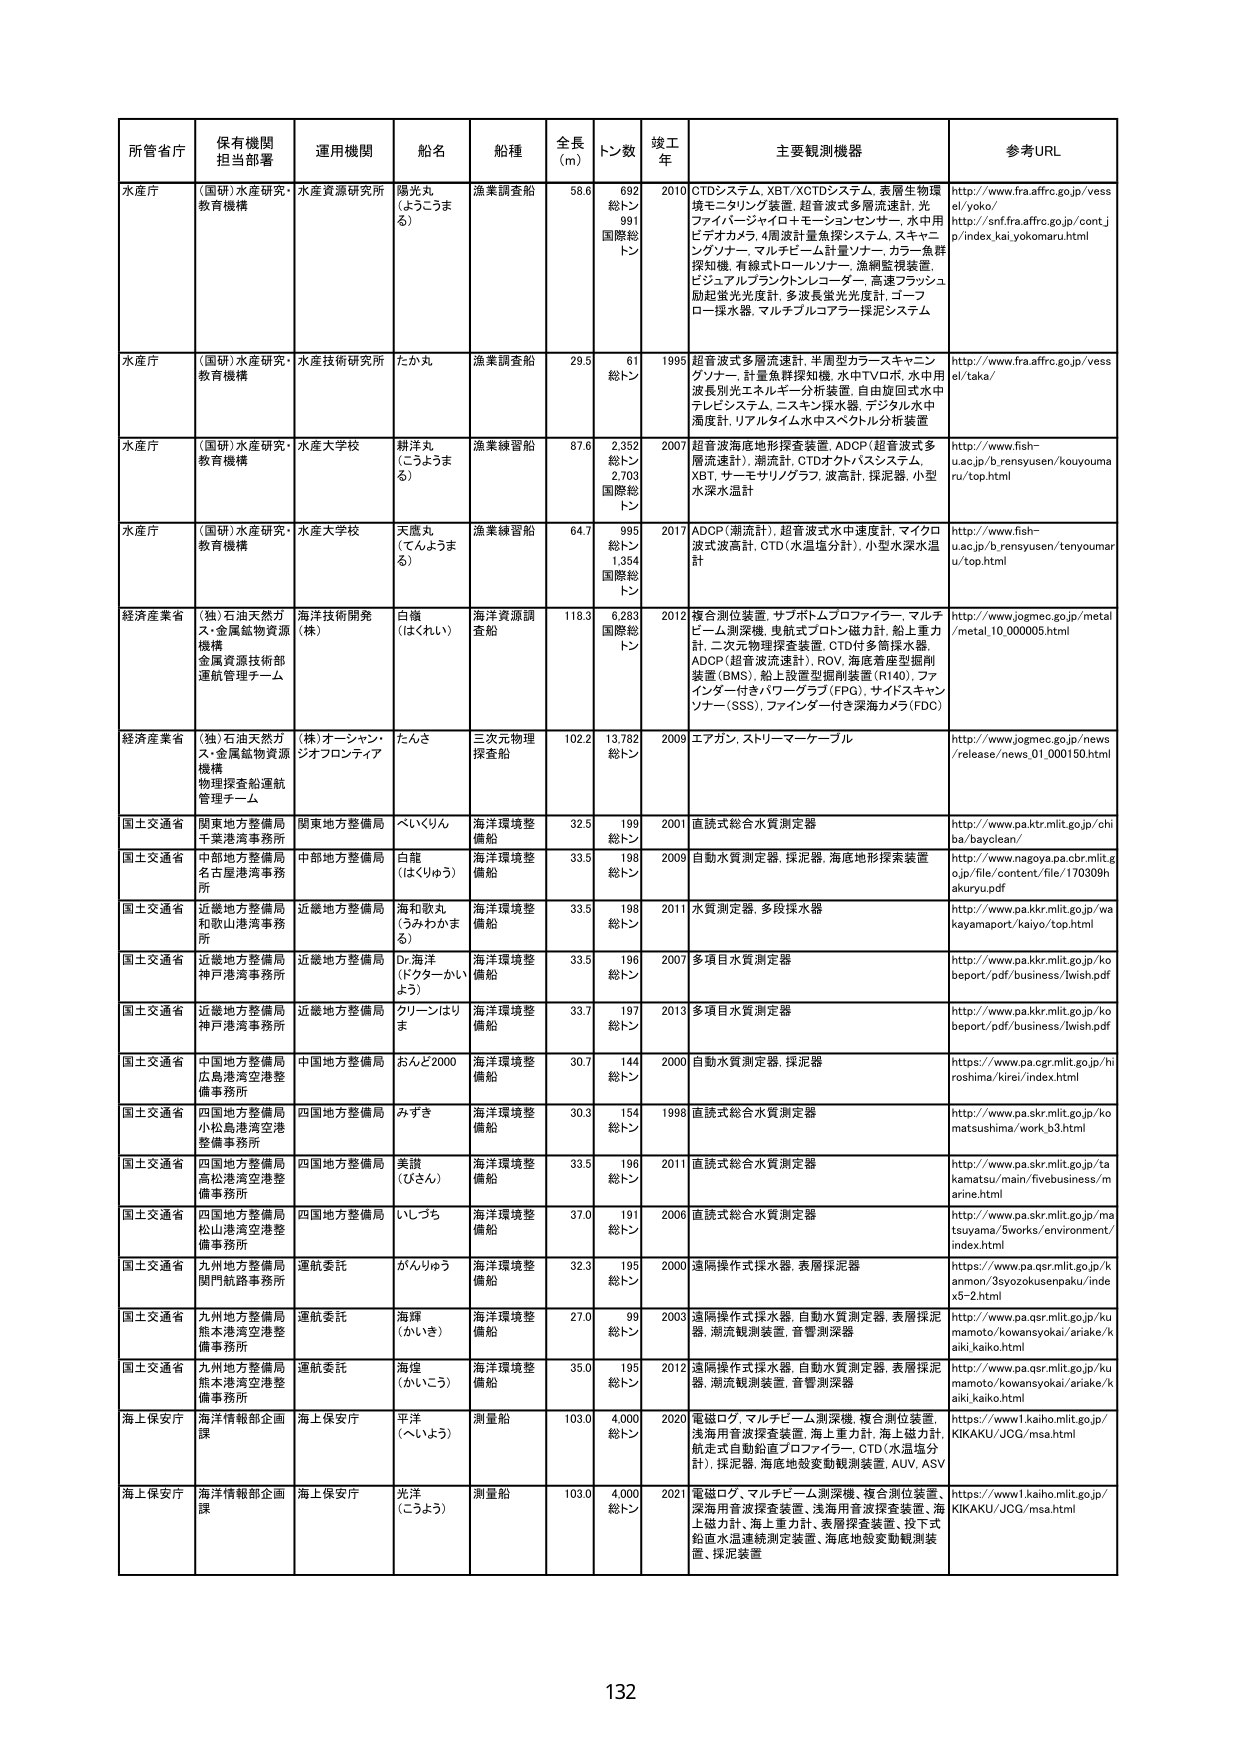
所管省庁 保有機関担当部署 運用機関 船名 船種 全長(m) トン数 竣工年 主要観測機器 参考URL
水産庁 (国研)水産研究・教育機構 水産資源研究所 陽光丸 (ようこうまる) 漁業調査船 58.6 692総トン991国際総トン 2010 CTDシステム, XBT/XCTDシステム, 表層生物環境モニタリング装置, 超音波式多層流速計, 光ファイバージャイロトモーションセンサー, 水中用ビデオカメラ, 4層波計量魚探システム, スキャニングソナー, マルチビーム計量ソナー, カラー魚群探知機, 有線式トロールソナー, 漁網監視装置, ビジュアルプランクトンレコーダー, 高速フラッシュ励起蛍光光度計, 多波長蛍光光度計, ゴーフローポンプ, マルチブルコアラー採泥システム http://www.fra.affrc.go.jp/vessel/yoko/ http://snf.fra.affrc.go.jp/contj o/index_kai_yokomaru.html
水産庁 (国研)水産研究・教育機構 水産技術研究所 たか丸 漁業調査船 29.5 61総トン 1995 超音波式多層流速計, 半周型カラースキャンニングソナー, 計量魚群探知機, 水中TVロボ, 水中用波長別光エネルギー分析装置, 自由旋回式水中テレビシステム, ニスキン採水器, デジタル水中濁度計, リアルタイム水中スペクトル分析装置 http://www.fra.affrc.go.jp/vessel/taka/
水産庁 (国研)水産研究・教育機構 水産大学校 耕洋丸 (こうようまる) 漁業練習船 87.6 2,352総トン2,703国際総トン 2007 超音波海底地形探査装置, ADCP(超音波式多層流速計), 潮流計, CTDオクトパスシステム, XBT, サーモリゾグラフ, 波高計, 採泥器, 小型水深水温計 http://www.fish-u.ac.jp/b.rensyusen/kouyoumaru/top.html
水産庁 (国研)水産研究・教育機構 水産大学校 天鷹丸 (てんようまる) 漁業練習船 64.7 995総トン1,354国際総トン 2017 ADCP(潮流計), 超音波式水中速度計, マイクロ波式波高計, CTD(水温塩分計), 小型水深水温計 http://www.fish-u.ac.jp/b.rensyusen/tenyoumaru/top.html
経済産業省 (独)石油天然ガス・金属鉱物資源機構 金属資源技術部運航管理チーム 海洋技術開発(株) 白樺 (はくれい) 海洋資源調査船 118.3 6,283国際総トン 2012 複合測位装置, サブボトムプロファイラー, マルチビーム測深機, 重航式プロトン磁力計, 船上磁力計, 二次元物理探査装置, CTD付多筒採水器, ADCP(超音波流速計), ROV, 海底着座型掘削装置(BMS), 船上設置型掘削装置(R140), ファインダー付きパワーグラブ(FPG), サイドスキャンソナー(SSS), ファインダー付き深海カメラ(FDC) http://www.jogmec.go.jp/metal/metal.10.000005.html
経済産業省 (独)石油天然ガス・金属鉱物資源機構 物理探査船運航管理チーム (株)オーシャン・シオフロンティア たんさ 三次元物理探査船 102.2 13,782総トン 2009 エアガン, ストリーマーケーブル https://www.jogmec.go.jp/news/release/news_01_000150.html
国土交通省 関東地方整備局千葉港湾事務所 関東地方整備局 べいくりん 海洋環境整備船 32.5 199総トン 2001 直読式総合水質測定器 http://www.pa.ktr.mlit.go.jp/chiba/bayclean/
国土交通省 中部地方整備局名古屋港湾事務所 中部地方整備局 白龍 (はくりゅう) 海洋環境整備船 33.5 198総トン 2009 自動水質測定器, 採泥器, 海底地形探査装置 http://www.nagoya.pa.cbr.mlit.go.jp/file/content/file/170309hakuryu.pdf
国土交通省 近畿地方整備局和歌山港湾事務所 近畿地方整備局 海和歌丸 (うみわかまる) 海洋環境整備船 33.5 198総トン 2011 水質測定器, 多段採水器 http://www.pa.kkr.mlit.go.jp/wakayamaport/kaiyo/top.html
国土交通省 近畿地方整備局神戸港湾事務所 近畿地方整備局 Dr.海洋 (ドクターかいよう) 海洋環境整備船 33.5 196総トン 2007 多項目水質測定器 http://www.pa.kkr.mlit.go.jp/kobeport/pdf/business/lwish.pdf
国土交通省 近畿地方整備局神戸港湾事務所 近畿地方整備局 クリーンはりま 海洋環境整備船 33.7 197総トン 2013 多項目水質測定器 http://www.pa.kkr.mlit.go.jp/kobeport/pdf/business/lwish.pdf
国土交通省 中国地方整備局広島港湾空港整備事務所 中国地方整備局 おんど2000 海洋環境整備船 30.7 144総トン 2000 自動水質測定器, 採泥器 https://www.pa.cgr.mlit.go.jp/hiroshima/kirei/index.html
国土交通省 四国地方整備局小松島港湾空港整備事務所 四国地方整備局 みずき 海洋環境整備船 30.3 154総トン 1998 直読式総合水質測定器 http://www.pa.skr.mlit.go.jp/komatsushima/work_b3.html
国土交通省 四国地方整備局高松港湾空港整備事務所 四国地方整備局 美讃 (びさん) 海洋環境整備船 33.5 196総トン 2011 直読式総合水質測定器 http://www.pa.skr.mlit.go.jp/takamatsu/main/fivebusiness/marine.html
国土交通省 四国地方整備局松山港湾空港整備事務所 四国地方整備局 いしづち 海洋環境整備船 37.0 191総トン 2006 直読式総合水質測定器 http://www.pa.skr.mlit.go.jp/matsuyama/5works/environment/index.html
国土交通省 九州地方整備局関門航路事務所 運航委託 がんりゅう 海洋環境整備船 32.3 195総トン 2000 遠隔操作式採水器, 表層採泥器 https://www.pa.qsr.mlit.go.jp/kammon/3syozokusenpaku/index5-2.html
国土交通省 九州地方整備局熊本港湾空港整備事務所 運航委託 海輝 (かいき) 海洋環境整備船 27.0 99総トン 2003 遠隔操作式採水器, 自動水質測定器, 表層採泥器, 潮流観測装置, 音響測深器 http://www.pa.qsr.mlit.go.jp/kumamoto/kowansyokai/ariake/kaiki.kaiko.html
国土交通省 九州地方整備局熊本港湾空港整備事務所 運航委託 海煌 (かいこう) 海洋環境整備船 35.0 195総トン 2012 遠隔操作式採水器, 自動水質測定器, 表層採泥器, 潮流観測装置, 音響測深器 http://www.pa.qsr.mlit.go.jp/kumamoto/kowansyokai/ariake/kaiki.kaiko.html
海上保安庁 海洋情報部企画課 海上保安庁 平洋 (へいよう) 測量船 103.0 4,000総トン 2020 電磁ログ, マルチビーム測深機, 複合測位装置, 浅海用音波探査装置, 海上重力計, 航走式自動航速プロファイラー, CTD(水温塩分計), 採泥器, 海底地殻変動観測装置, AUV, ASV https://www1.kaiho.mlit.go.jp/KIKAKU/JCG/msa.html
海上保安庁 海洋情報部企画課 海上保安庁 光洋 (こうよう) 測量船 103.0 4,000総トン 2021 電磁ログ, マルチビーム測深機, 複合測位装置, 深海用音波探査装置, 浅海用音波探査装置, 海上磁力計, 海上重力計, 表層探査装置, 投下式鉛直水温連続測定装置, 海底地殻変動観測装置, 採泥装置 https://www1.kaiho.mlit.go.jp/KIKAKU/JCG/msa.html
132